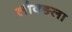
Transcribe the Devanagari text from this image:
लौक्ङला